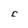
Character: F